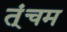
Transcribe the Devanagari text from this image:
त्ंचम